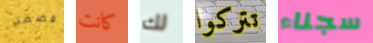
قضمة كانت لك تتركوا سجناء